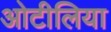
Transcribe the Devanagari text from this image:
ओटीलिया